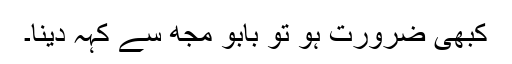
کبھی ضرورت ہو تو بابو مجھ سے کہہ دینا۔